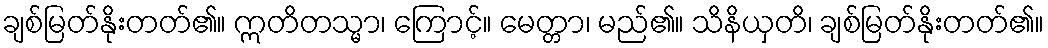
ချစ်မြတ်နိုးတတ်၏။ ဣတိတသ္မာ၊ ကြောင့်။ မေတ္တာ၊ မည်၏။ သိနိယှတိ၊ ချစ်မြတ်နိုးတတ်၏။